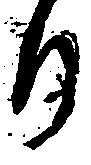
り